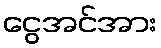
ငွေအင်အား